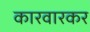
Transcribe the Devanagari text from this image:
कारवारकर